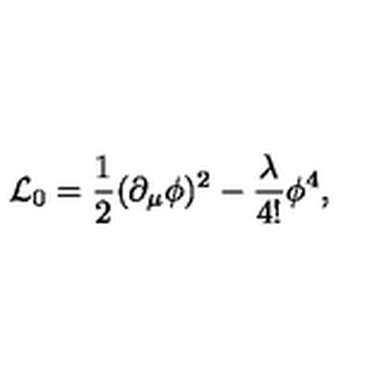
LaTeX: { \cal L } _ { 0 } = { \frac { 1 } { 2 } } ( \partial _ { \mu } \phi ) ^ { 2 } - { \frac { \lambda } { 4 ! } } \phi ^ { 4 } ,